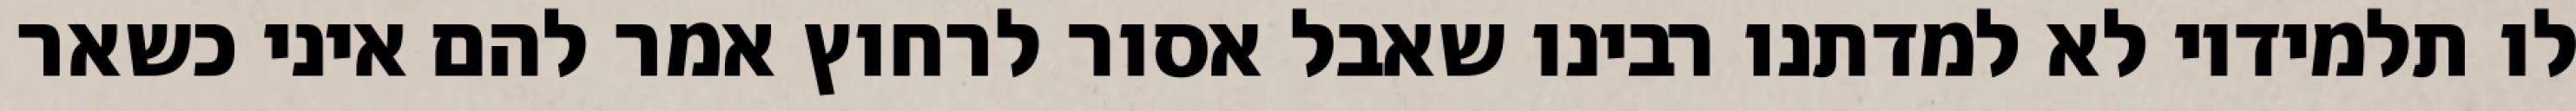
לו תלמידיו לא למדתנו רבינו שאבל אסור לרחוץ אמר להם איני כשאר